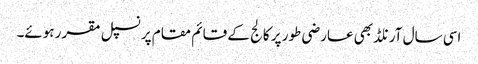
اسی سال آرنلڈ بھی عارضی طور پر کالج کے قائم مقام پرنسپل مقرر ہوئے۔